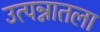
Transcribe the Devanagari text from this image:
उत्पन्नातला